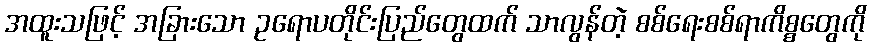
အထူးသဖြင့် အခြားသော ဥရောပတိုင်းပြည်တွေထက် သာလွန်တဲ့ စစ်ရေးစစ်ရာကိစ္စတွေကို